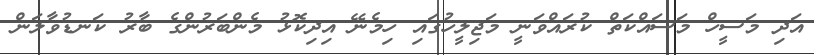
އަދި މަސީހް މަސައްކަތް ކުރައްވަނީ މަޖިލީހުގައި ހިމެނޭ އިދިކޮޅު މެންބަރުންގެ ބާރު ކަނޑުވާލަން